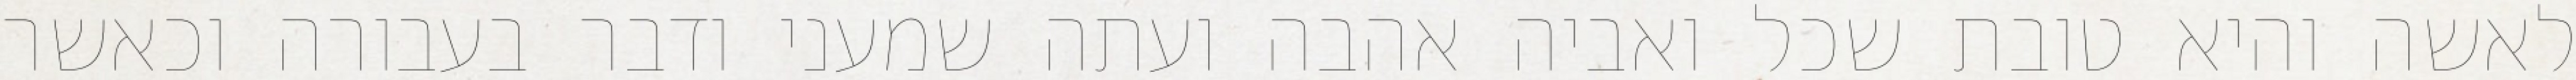
לאשה והיא טובת שכל ואביה אהבה ועתה שמעני ודבר בעבורה וכאשר